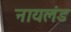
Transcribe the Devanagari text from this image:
नायलंड